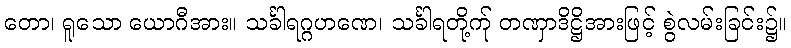
တော၊ ရူသော ယောဂီအား။ သင်္ခါရဂ္ဂဟဏေ၊ သင်္ခါရတို့က်ု တဏှာဒိဋ္ဌိအားဖြင့် စွဲလမ်းခြင်း၌။